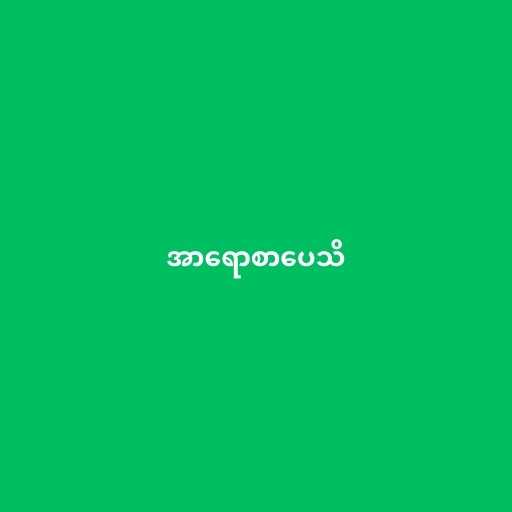
အာရောစာပေသိ